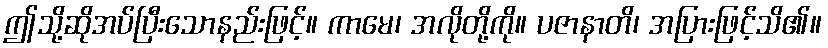
ဤသို့ဆိုအပ်ပြီးသောနည်းဖြင့်။ ကာမေ၊ အလိုတို့ကို။ ပဇာနာတိ၊ အပြားဖြင့်သိ၏။